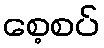
စေ့စပ်